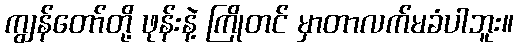
ကျွန်တော်တို့ ဖုန်းနဲ့ ကြိုတင် မှာတာလက်မခံပါဘူး။